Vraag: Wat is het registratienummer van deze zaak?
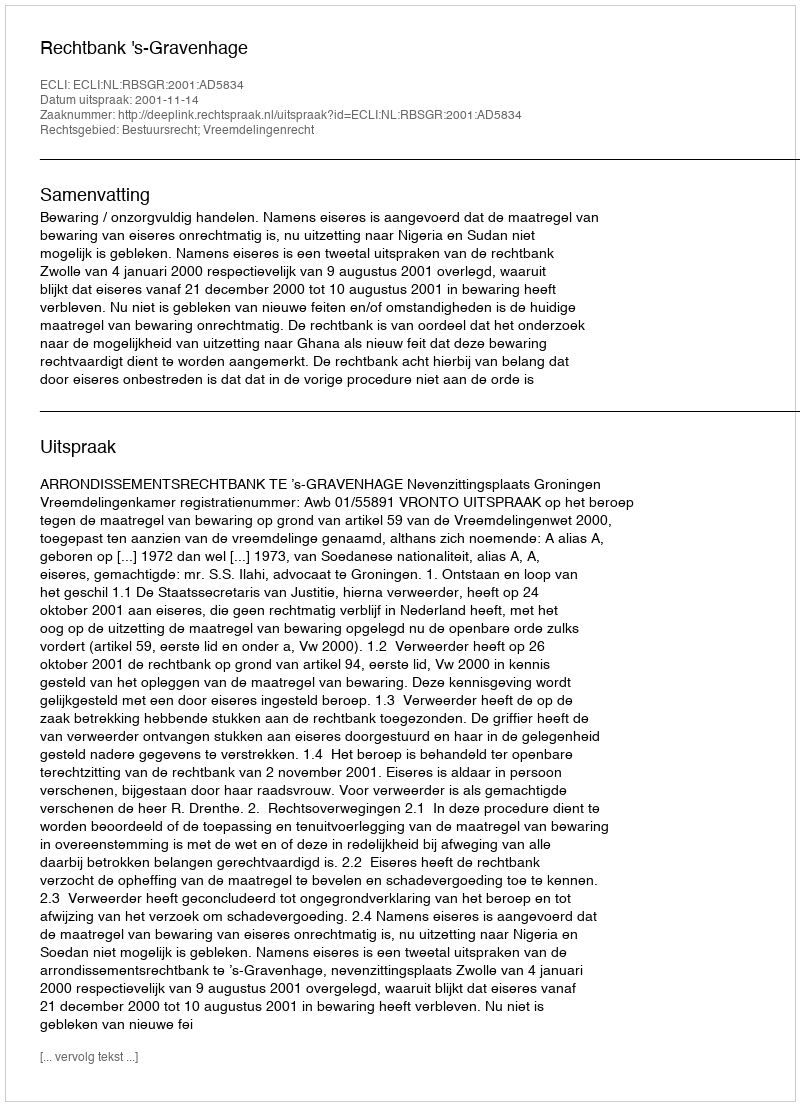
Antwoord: http://deeplink.rechtspraak.nl/uitspraak?id=ECLI:NL:RBSGR:2001:AD5834